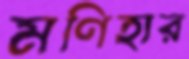
মণিহার